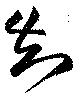
知